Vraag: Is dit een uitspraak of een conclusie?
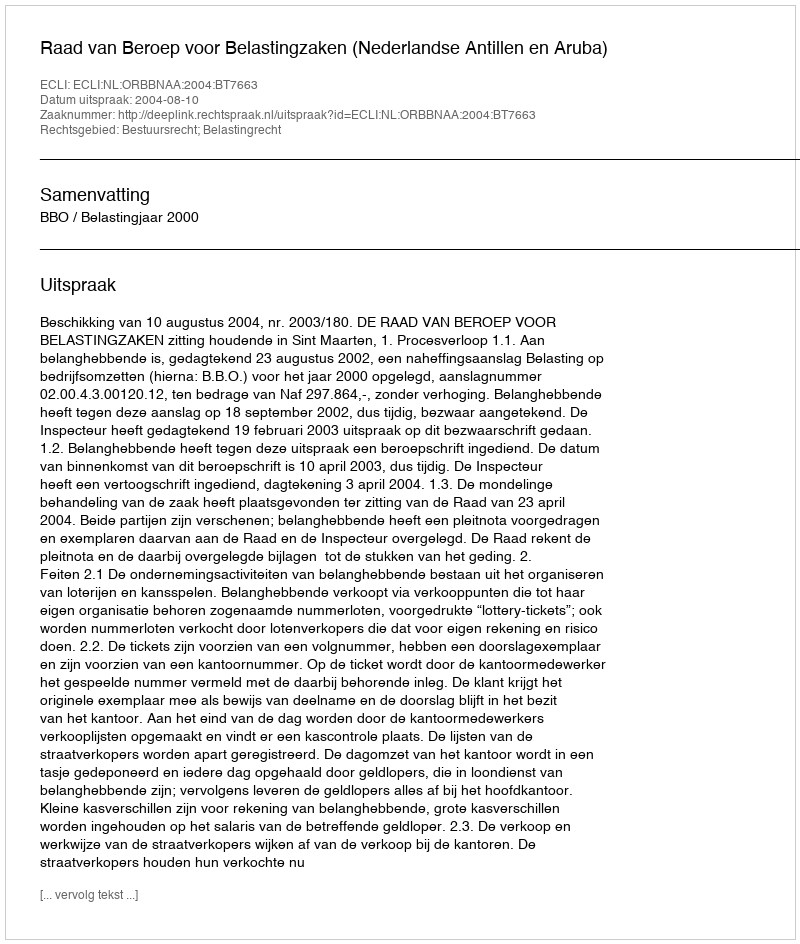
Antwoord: Uitspraak